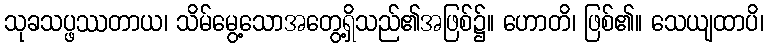
သုခသပ္ဖဿတာယ၊ သိမ်မွေ့သောအတွေ့ရှိသည်၏အဖြစ်၌။ ဟောတိ၊ ဖြစ်၏။ သေယျထာပိ၊